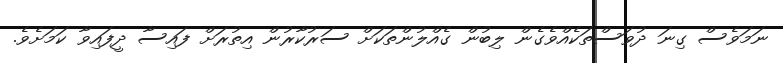
ނަމަވެސް ގިނަ ދުވަސްތަކެއްވެގެން ލިބުން ގެއްލުންތަކަށް ސަރުކާރުން އިތުރަށް ފައިސާ ދީފައިވާ ކަމަށެވެ.